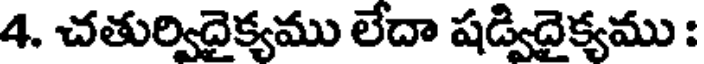
4. చతుర్విదైక్యము లేదా షడ్విదైక్యము :